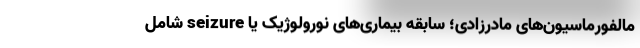
مالفورماسیون‌های مادرزادی؛ سابقه بیماری‌های نورولوژیک یا seizure شامل